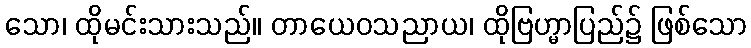
သော၊ ထိုမင်းသားသည်။ တာယေဝသညာယ၊ ထိုဗြဟ္မာပြည်၌ ဖြစ်သော